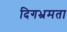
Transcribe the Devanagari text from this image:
दिगभ्रमता